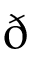
\eth